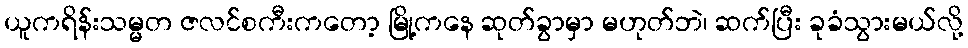
ယူကရိန်းသမ္မတ ဇလင်စကီးကတော့ မြို့ကနေ ဆုတ်ခွာမှာ မဟုတ်ဘဲ၊ ဆက်ပြီး ခုခံသွားမယ်လို့